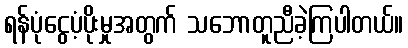
ရန်ပုံငွေပံ့ပိုးမှုအတွက် သဘောတူညီခဲ့ကြပါတယ်။